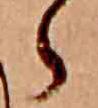
ら